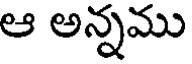
ఆ అన్నము